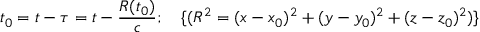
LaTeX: t _ { 0 } = t - \tau = t - \frac { R ( t _ { 0 } ) } { c } ; \quad \{ ( R ^ { 2 } = ( x - x _ { 0 } ) ^ { 2 } + ( y - y _ { 0 } ) ^ { 2 } + ( z - z _ { 0 } ) ^ { 2 } ) \}